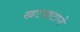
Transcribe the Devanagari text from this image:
खटखटाने